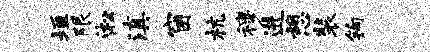
垣限淞滇窗杭穆进憩装钩